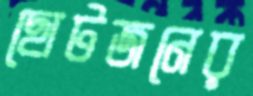
ছোটজনের